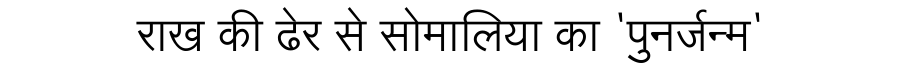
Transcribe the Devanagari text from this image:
राख की ढेर से सोमालिया का 'पुनर्जन्म'